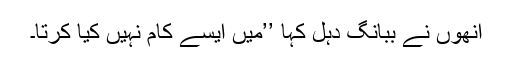
انھوں نے ببانگ دہل کہا ’’میں ایسے کام نہیں کیا کرتا۔